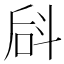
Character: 𪯬